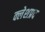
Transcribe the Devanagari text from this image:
क्लेशप्रद